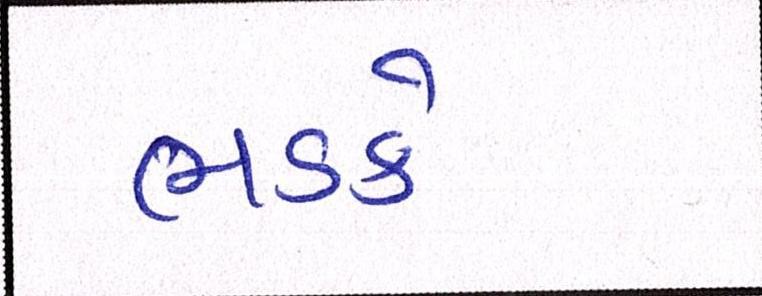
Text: ભડકે